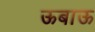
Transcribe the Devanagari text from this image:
ऊबाऊ